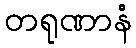
တရုဏာနံ